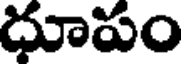
ధూపం